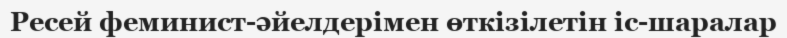
Ресей феминист-әйелдерімен өткізілетін іс-шаралар